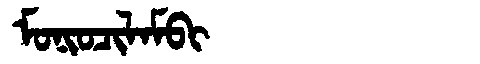
Manchu: ᠮᠣᠨᡳᠣᠴᡳᠯᠠᠮᠪᡳ
Romanization: MONIOCILAMBI